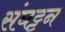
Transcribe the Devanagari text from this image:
संघट्टन